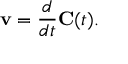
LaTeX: \mathbf { v } = { \frac { d } { d t } } \mathbf { C } ( t ) .